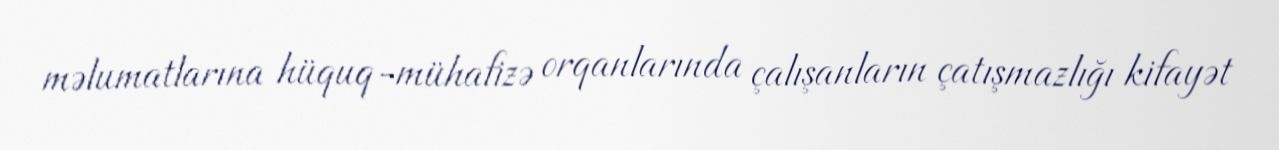
məlumatlarına hüquq-mühafizə orqanlarında çalışanların çatışmazlığı kifayət